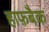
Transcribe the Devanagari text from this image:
हाफ़बैक